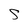
Character: S